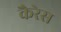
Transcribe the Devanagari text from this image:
कैरेस